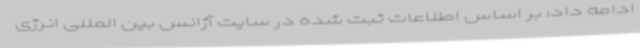
ادامه داد: بر اساس اطلاعات ثبت شده در سایت آژانس بین المللی انرژی